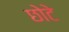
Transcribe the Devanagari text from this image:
छोेटे